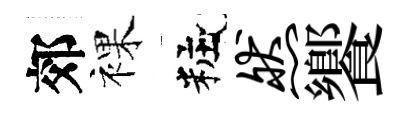
郊裸粧然饗